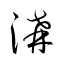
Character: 溝